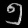
Digit: ၅